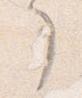
了